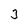
Character: 3